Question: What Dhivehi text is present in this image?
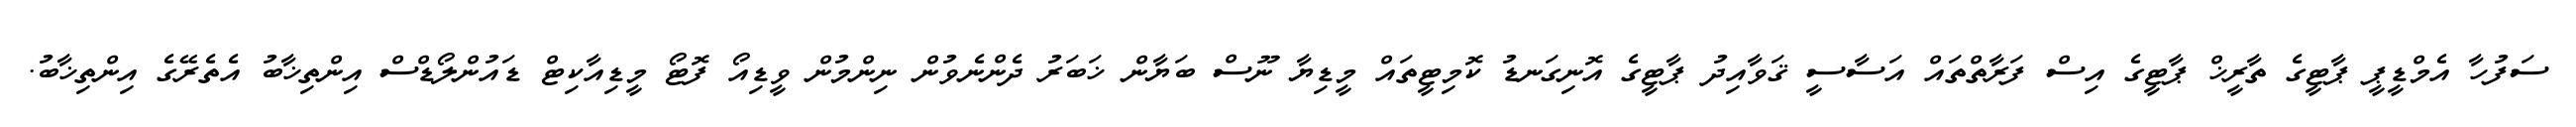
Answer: ސަފުހާ އެމްޑީޕީ ޕާޓީގެ ތާރީޚް ޕާޓީގެ އިސް ފަރާތްތައް އަސާސީ ޤަވާއިދު ޕާޓީގެ އޮނިގަނޑު ކޮމިޓީތައް މީޑިޔާ ނޫސް ބަޔާން ޚަބަރު ދެންނެވުން ނިންމުން ވީޑިއޯ ފޮޓޯ މީޑިއާކިޓް ޑައުންލޯޑްސް އިންތިޚާބު އެތެރޭގެ އިންތިޚާބު.